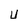
Character: U